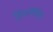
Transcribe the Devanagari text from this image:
सिम्लेंसिस